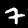
Digit: 7